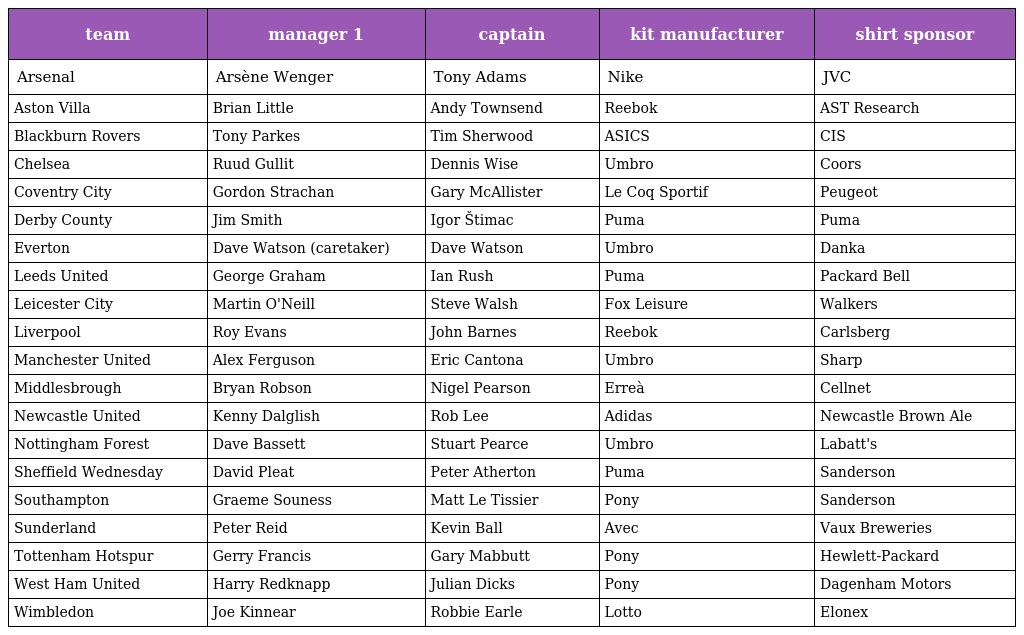
| team | manager 1 | captain | kit manufacturer | shirt sponsor |
 | --- | --- | --- | --- | --- |
 | Arsenal | Arsène Wenger | Tony Adams | Nike | JVC |
 | Aston Villa | Brian Little | Andy Townsend | Reebok | AST Research |
 | Blackburn Rovers | Tony Parkes | Tim Sherwood | ASICS | CIS |
 | Chelsea | Ruud Gullit | Dennis Wise | Umbro | Coors |
 | Coventry City | Gordon Strachan | Gary McAllister | Le Coq Sportif | Peugeot |
 | Derby County | Jim Smith | Igor Štimac | Puma | Puma |
 | Everton | Dave Watson (caretaker) | Dave Watson | Umbro | Danka |
 | Leeds United | George Graham | Ian Rush | Puma | Packard Bell |
 | Leicester City | Martin O'Neill | Steve Walsh | Fox Leisure | Walkers |
 | Liverpool | Roy Evans | John Barnes | Reebok | Carlsberg |
 | Manchester United | Alex Ferguson | Eric Cantona | Umbro | Sharp |
 | Middlesbrough | Bryan Robson | Nigel Pearson | Erreà | Cellnet |
 | Newcastle United | Kenny Dalglish | Rob Lee | Adidas | Newcastle Brown Ale |
 | Nottingham Forest | Dave Bassett | Stuart Pearce | Umbro | Labatt's |
 | Sheffield Wednesday | David Pleat | Peter Atherton | Puma | Sanderson |
 | Southampton | Graeme Souness | Matt Le Tissier | Pony | Sanderson |
 | Sunderland | Peter Reid | Kevin Ball | Avec | Vaux Breweries |
 | Tottenham Hotspur | Gerry Francis | Gary Mabbutt | Pony | Hewlett-Packard |
 | West Ham United | Harry Redknapp | Julian Dicks | Pony | Dagenham Motors |
 | Wimbledon | Joe Kinnear | Robbie Earle | Lotto | Elonex |